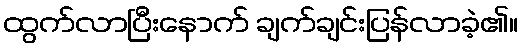
ထွက်လာပြီးနောက် ချက်ချင်းပြန်လာခဲ့၏။